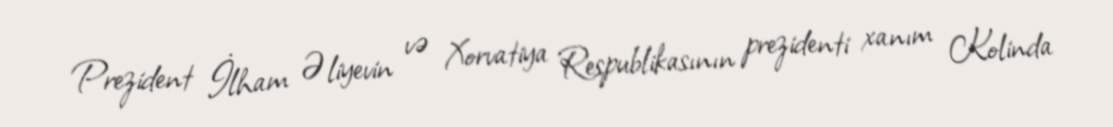
Prezident İlham Əliyevin və Xorvatiya Respublikasının prezidenti xanım Kolinda